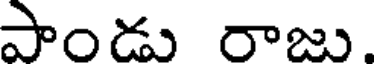
పాండు రాజు.